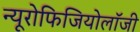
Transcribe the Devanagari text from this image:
न्यूरोफिजियोलॉजी